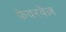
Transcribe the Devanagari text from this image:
फ़ेयरवेज़